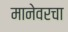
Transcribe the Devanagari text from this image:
मानेवरचा